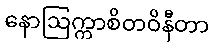
နောဩက္ကာစိတဝိနီတာ